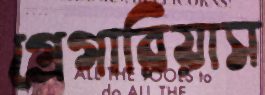
গ্রেগারিয়াস